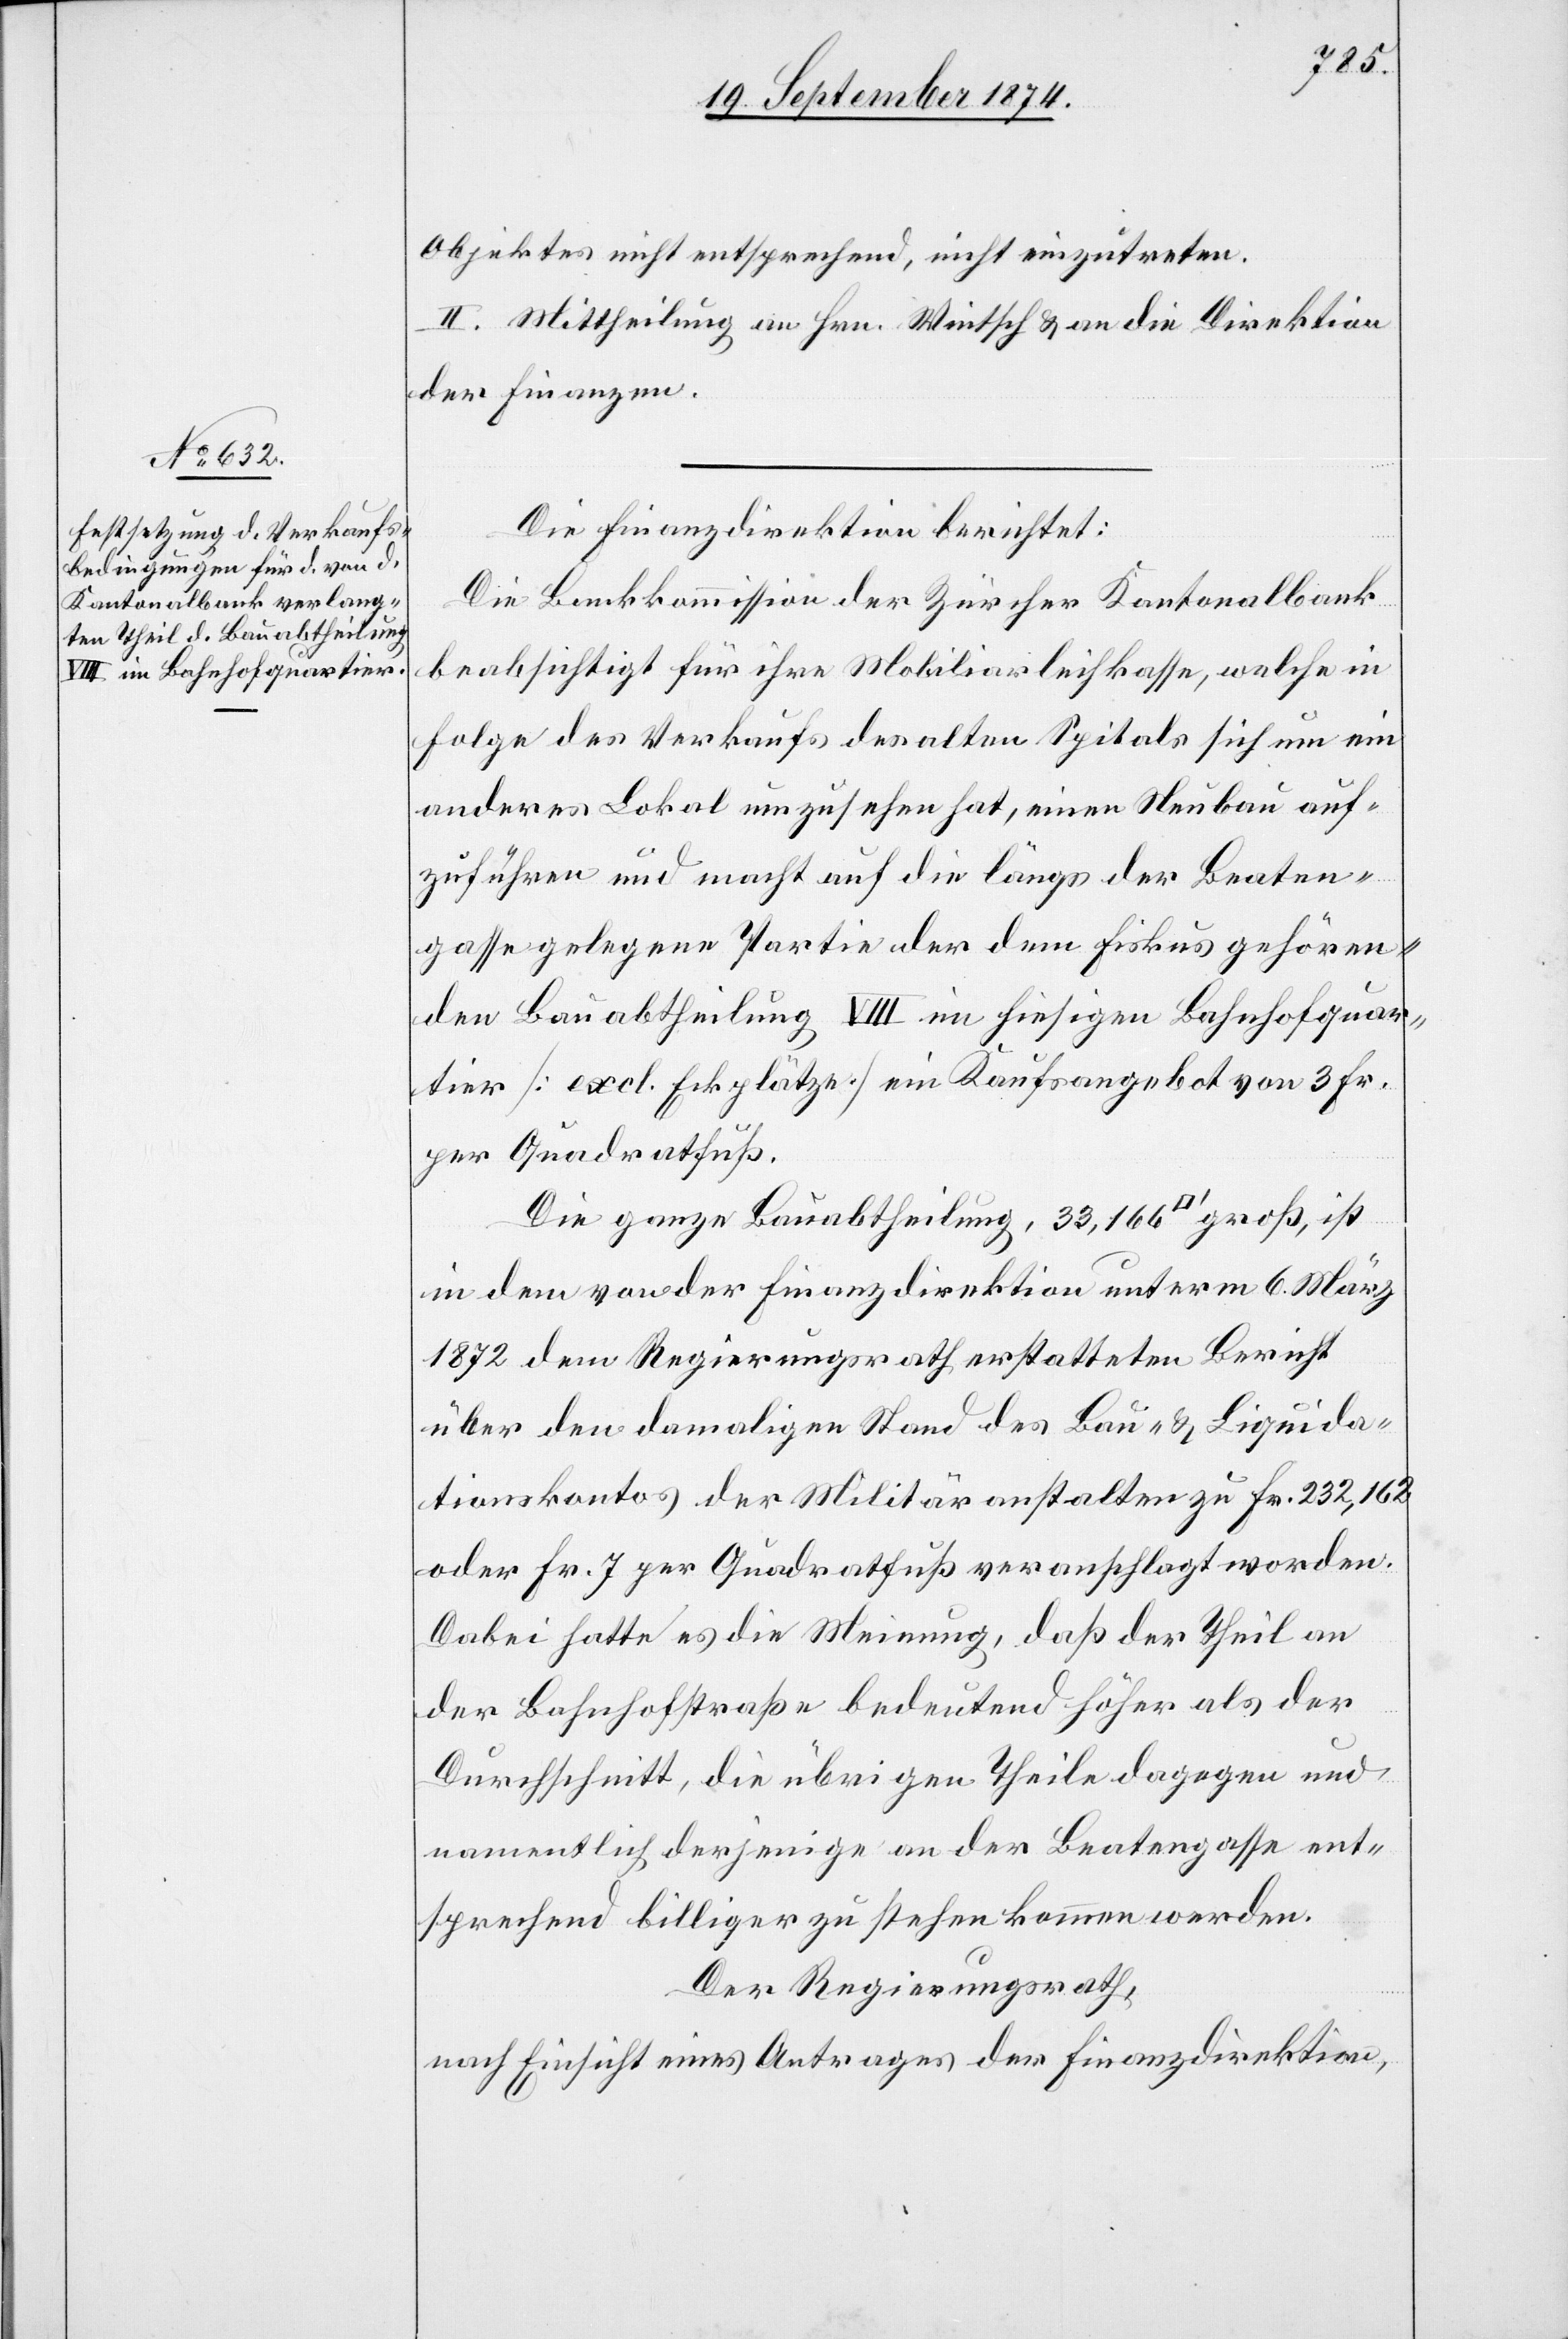
Objektes nicht entsprechend, nicht einzutreten.
II. Mittheilung an Hrn. Wintsch & an die Direktion
der Finanzen.
Die Finanzdirektion berichtet:
Die Bankkommission der Zürcher Kantonalbank
beabsichtigt für ihre Mobiliarleihkasse, welche in
Folge des Verkaufs des alten Spitals sich um ein
anderes Lokal umzusehen hat, einen Neubau auf¬
zuführen und macht auf die längs der Beaten¬
gasse gelegene Partie der dem Fiskus gehören¬
den Bauabtheilung VIII im hiesigen Bahnhofquar¬
tier [excl. Eckplätze] ein Kaufsangebot von 3 Fr.
per Quadratfuß.
Die ganze Bauabtheilung, 33,166 [Quadratfuß]
in dem von der Finanzdirektion unterm 6. März
1872 dem Regierungsrath erstatteten Bericht
über den damaligen Stand des Bau- & Liquida¬
tionskontos der Militäranstalten zu Fr. 232,162
oder Fr. 7 per Quadratfuß veranschlagt worden.
Dabei hatte es die Meinung, daß der Theil an
der Bahnhofstraße bedeutend höher als der
Durchschnitt, die übrigen Theile dagegen und
namentlich derjenige an der Beatengasse ent¬
sprechend billiger zu stehen kommen werden.
Der Regierungsrath,
nach Einsicht eines Antrages der Finanzdirektion,